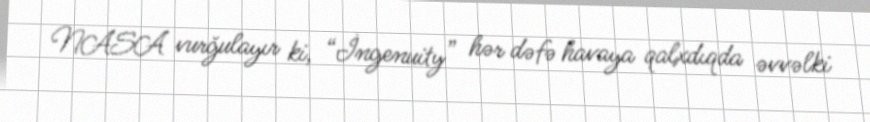
NASA vurğulayır ki, “İngenuity” hər dəfə havaya qalxdıqda əvvəlki